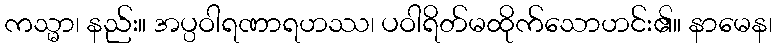
ကသ္မာ၊ နည်း။ အပ္ပဝါရဏာရဟဿ၊ ပဝါရိတ်မထိုက်သောဟင်း၏။ နာမေန၊